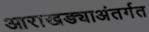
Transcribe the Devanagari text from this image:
आराखड्याअंतर्गत